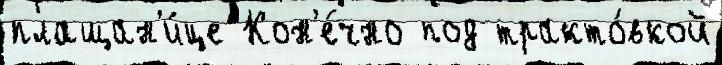
плащан'и́це Кон'е́чно под тракто́вкой